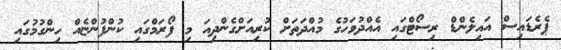
ޕެރެޑައިސް އައިލެންޑް ރިސޯޓްގައި އެއްދުވަހުގެ މުއްދަތަށް ކުރިއަށްގެންދިއަ މި ފޯރަމްގައި ކުންފުންޏެއް ހިންގުމުގައި